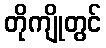
တိုကျိုတွင်